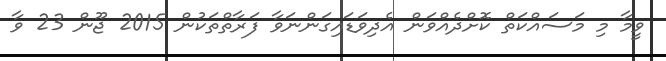
ވީމާ މި މަސައްކަތް ކޮށްދެއްވަން އެދިވަޑައިގަންނަވާ ފަރާތްތަކުން 2015 ޖޫން 23 ވާ